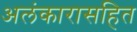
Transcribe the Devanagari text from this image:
अलंकारासहित